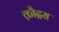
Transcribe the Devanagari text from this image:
क़ौद्रस